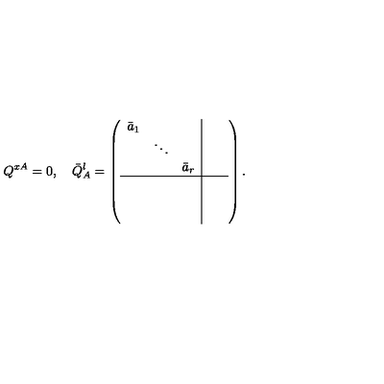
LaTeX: Q ^ { x A } = 0 , \quad \bar { Q } _ { A } ^ { l } = \left( \begin{array} { c c c | c c } { \bar { a } _ { 1 } } & { } & { } & { } & { } \\ { } & { \ddots } & { } & { } & { } \\ { } & { } & { \bar { a } _ { r } } & { } & { } \\ \hline { } & { } & { } & { } & { } \\ { } & { } & { } & { } & { } \\ { } & { } & { } & { } & { } \\ \end{array} \right) .